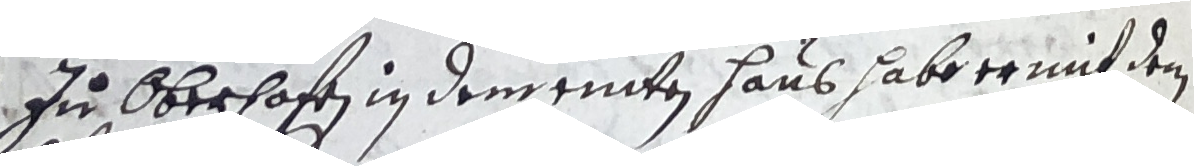
4. zu Oberhofen in dem einten haus abe er mit dem